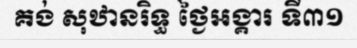
គង់ សុឋានរិទ្ធ ថ្ងៃអង្គារ ទី៣១